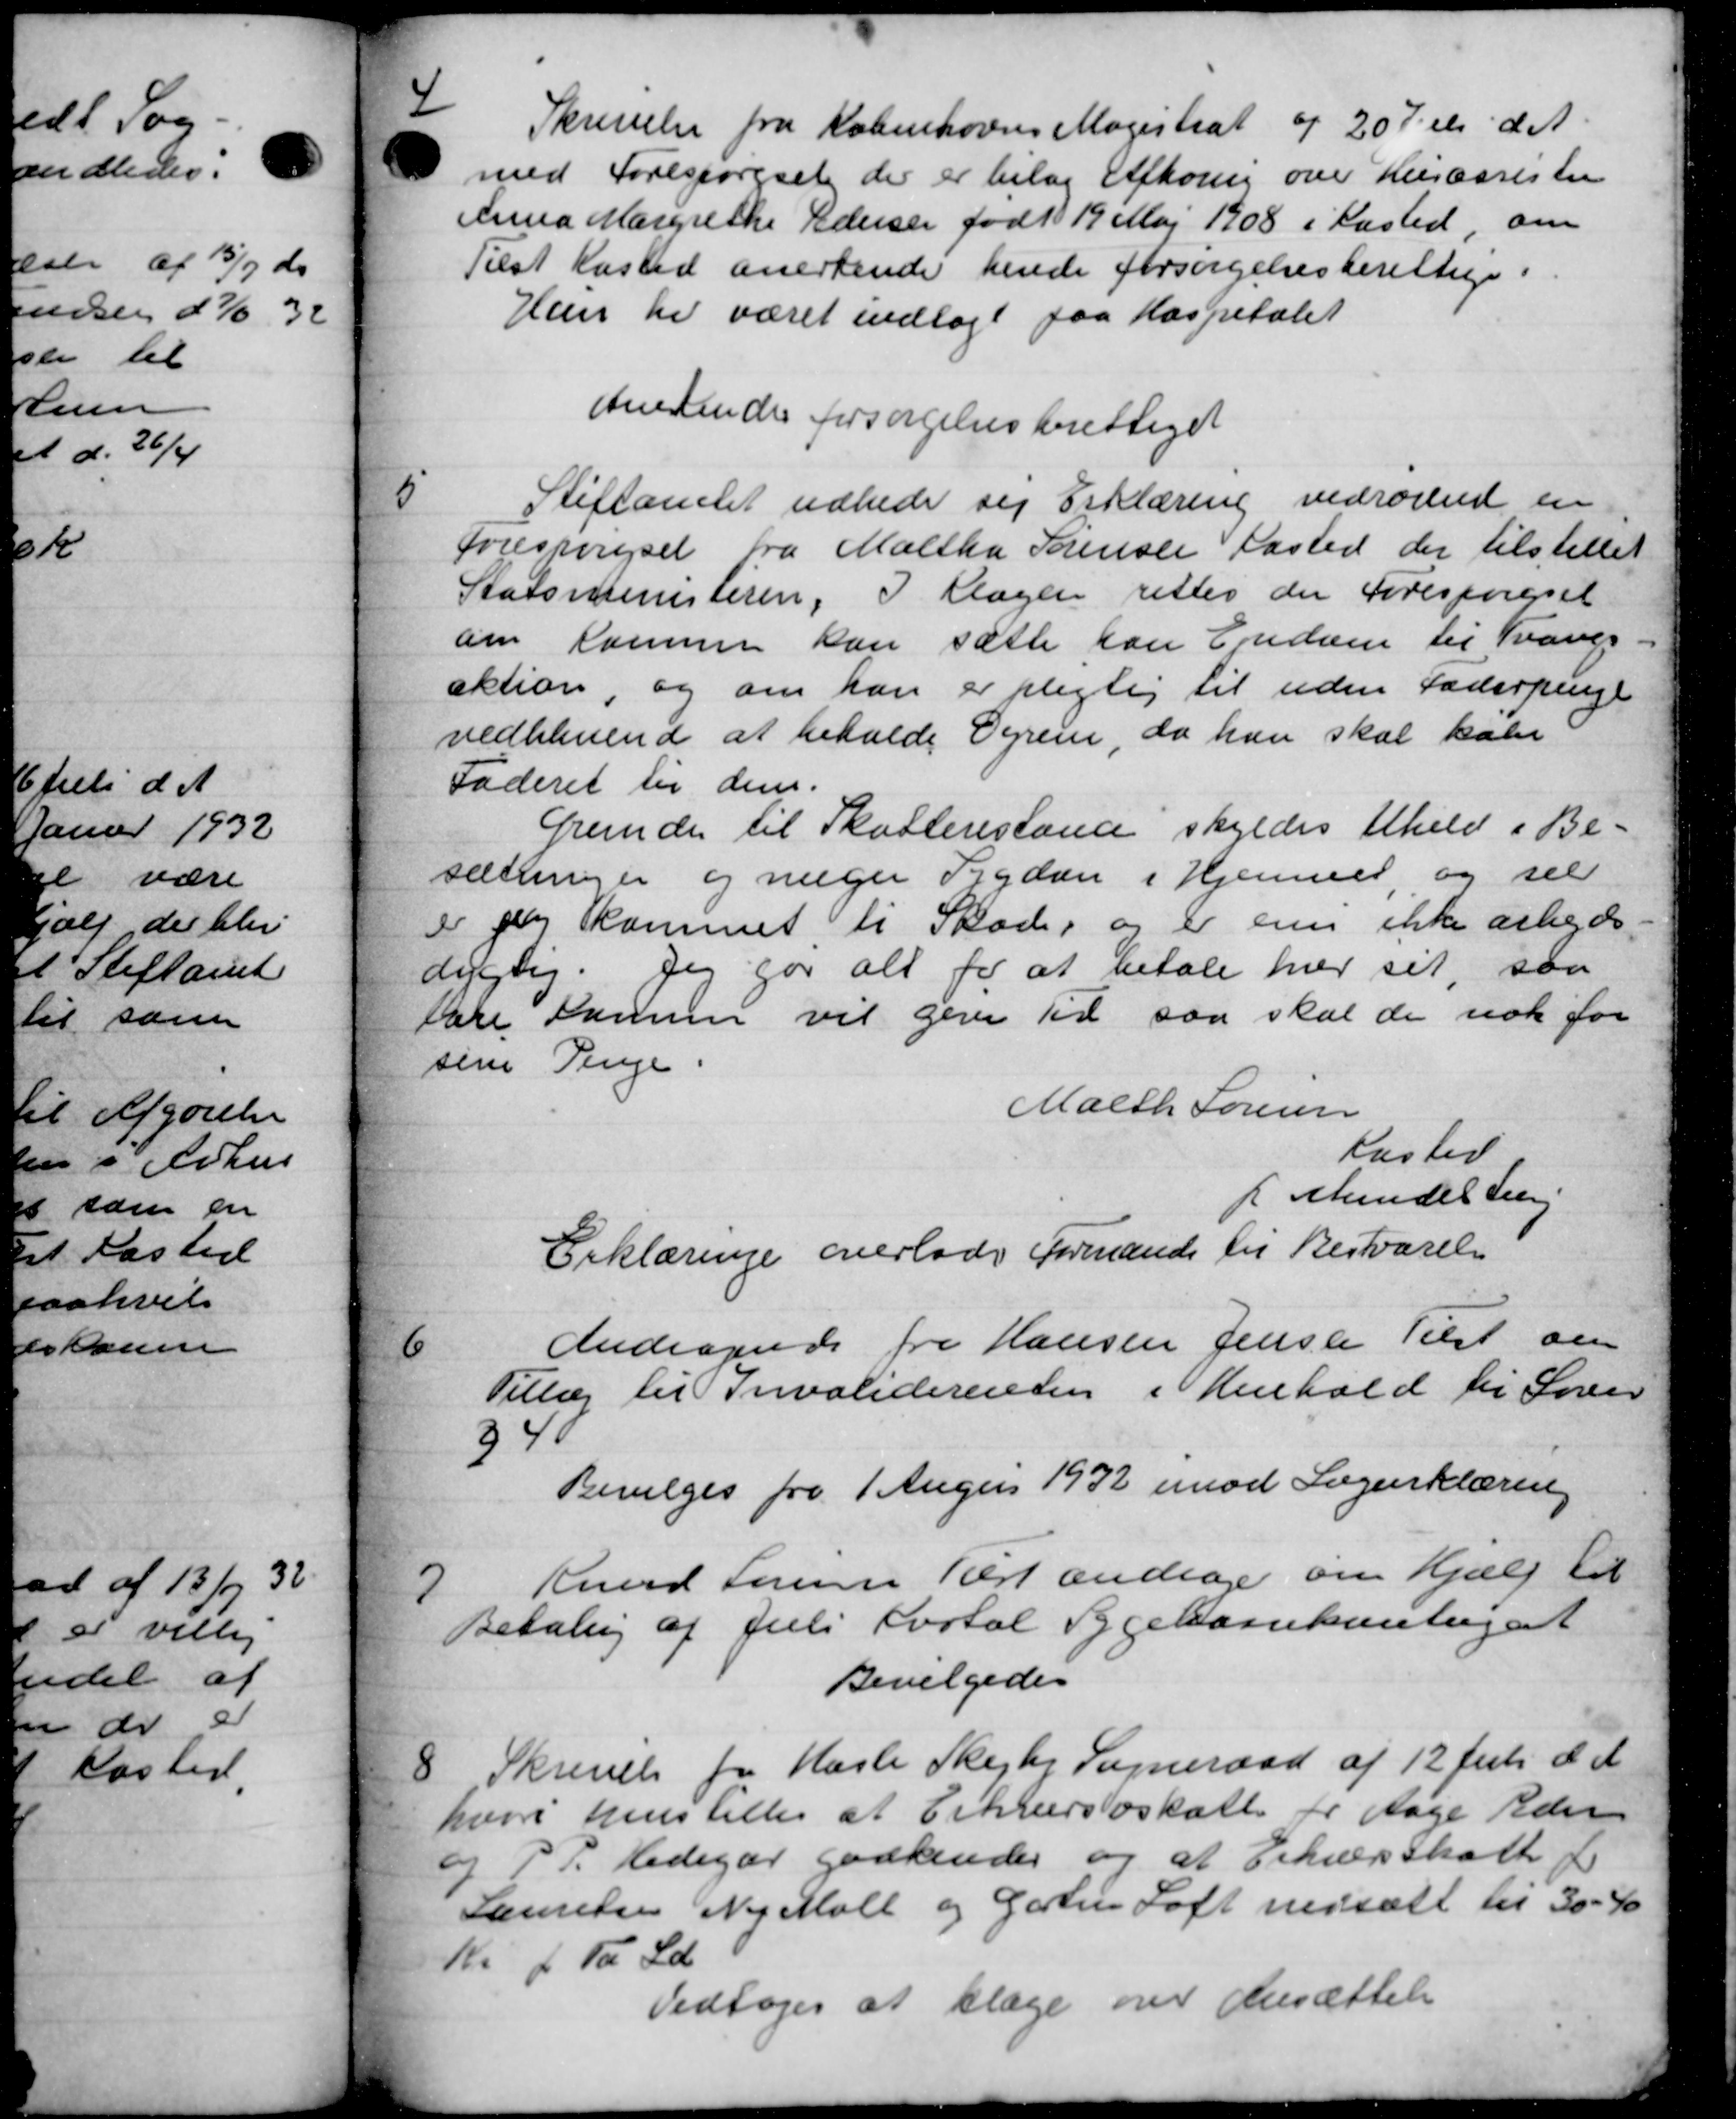
Transskription:
4
Skrivelse fra Københavns Magistrat af 20 Juli d. A.
med Forespørgsel der er bilag Afhøring over Husassisten
Anna Margrethe Pedersen født 19 Maj 1908 i Kasted, om
Tilst Kasted anerkende hende forsørgelsesberettige.
Han de været indlagt paa Hospitalet
Andendes forsørgelsesberettiget
5
Stiftamtet udbede sig Erklæring vedrørende en
forespørgsel fra Maltha Sørensen fasted der tilstillet
Statsministeren, I Klagen rettes der Forespørgsel
om kommer kan sætte han Ejendom til Traves
aktion, og om han er pligtig til uden Faderpenge
vedblivende at befalde Dyrene, da han skal kabe
Faderet til dem.
Grunde til Skatterestand skyldes tilhold i Be-
sætninger og næger Sygdom i Hjemmet, og sil
er jeg kommet til Skade, og er en ikke arbejds-
dygtig. Jeg for alt for at betale har sit, saa
tære Sammer vil give til saa skal de nok for
sine Penge.
Malth Sørensen
Kaster
K Mindelsen
Erklæringe overlodes Formande til Besvarelse
6
Andragende fra Hansen Jensen Tilst om
Tillæg til Invaliderenten i Henhold til Loven
94
Bevilges fra 1 Augus 1932 imod Lægeerklæring
7
Knud Sørensen Rest andrager om Hjælp til
Betaling af Juli Portal Sygekassekontiget
Bevilgedes
8
Skrivelse fra Hasle Skejby Sogneraad af 12 Juli d. A.
hvori henstiller at Erhvervsskatte for Aage Aden
og P. P. Hedegår godkendes og at Erhvervsskatte fr
Lanee Ny Møll og Gartin Loft nedsætte til 30 - 40
Kr. + Tå Ld
Vedtoges at klage over Ansættelse